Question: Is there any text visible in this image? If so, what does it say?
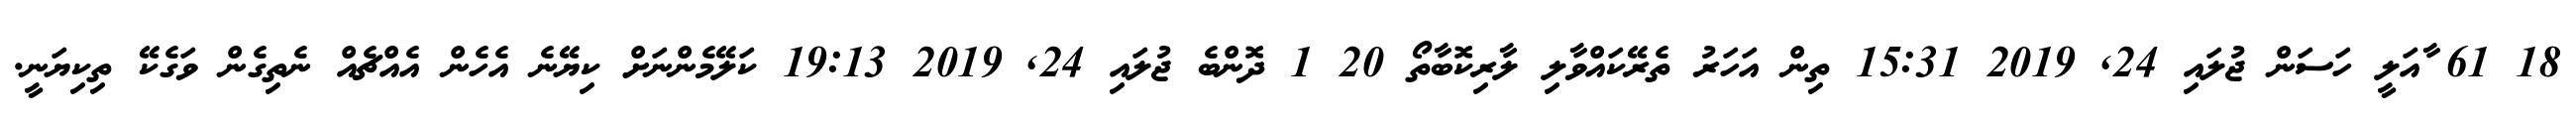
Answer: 18 61 ާއަލީ ހަސަން ޖުލައި 24, 2019 15:31 ތިން އަހަރު ތެރޭކައްވާލި ލާރިކޮބާތޯ 20 1 ދޮންބެ ޖުލައި 24, 2019 19:13 ކަލޭމެންނަށް ކިޔޭނެ އެހެން އެއްޗެއް ނެތިގެން ވަގެކޭ ތިކިޔަނީ.